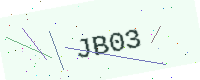
Text: JB03